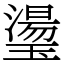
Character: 璗